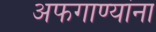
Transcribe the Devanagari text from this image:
अफगाण्यांना